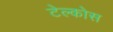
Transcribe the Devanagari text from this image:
टेल्कोस